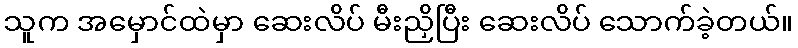
သူက အမှောင်ထဲမှာ ဆေးလိပ် မီးညှိပြီး ဆေးလိပ် သောက်ခဲ့တယ်။